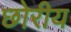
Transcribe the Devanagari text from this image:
छोरीय